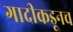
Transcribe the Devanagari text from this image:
गादीकडूनच